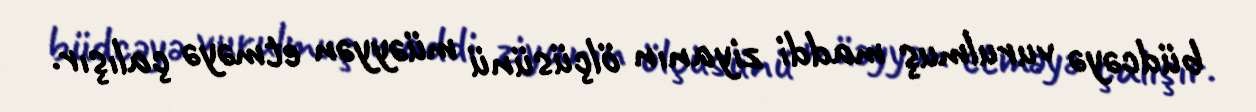
büdcəyə vurulmuş maddi ziyanın ölçüsünü müəyyən etməyə çalışır.